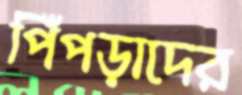
পিঁপড়াদের